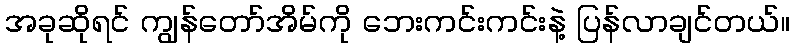
အခုဆိုရင် ကျွန်တော်အိမ်ကို ဘေးကင်းကင်းနဲ့ ပြန်လာချင်တယ်။